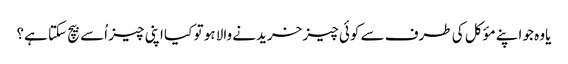
یاوہ جو اپنے مؤکل کی طرف سے کوئی چیز خریدنے والا ہو تو کیا اپنی چیز اُسے بیچ سکتا ہے؟